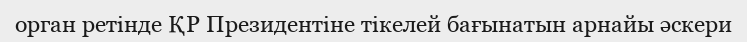
орган ретінде ҚР Президентіне тікелей бағынатын арнайы әскери